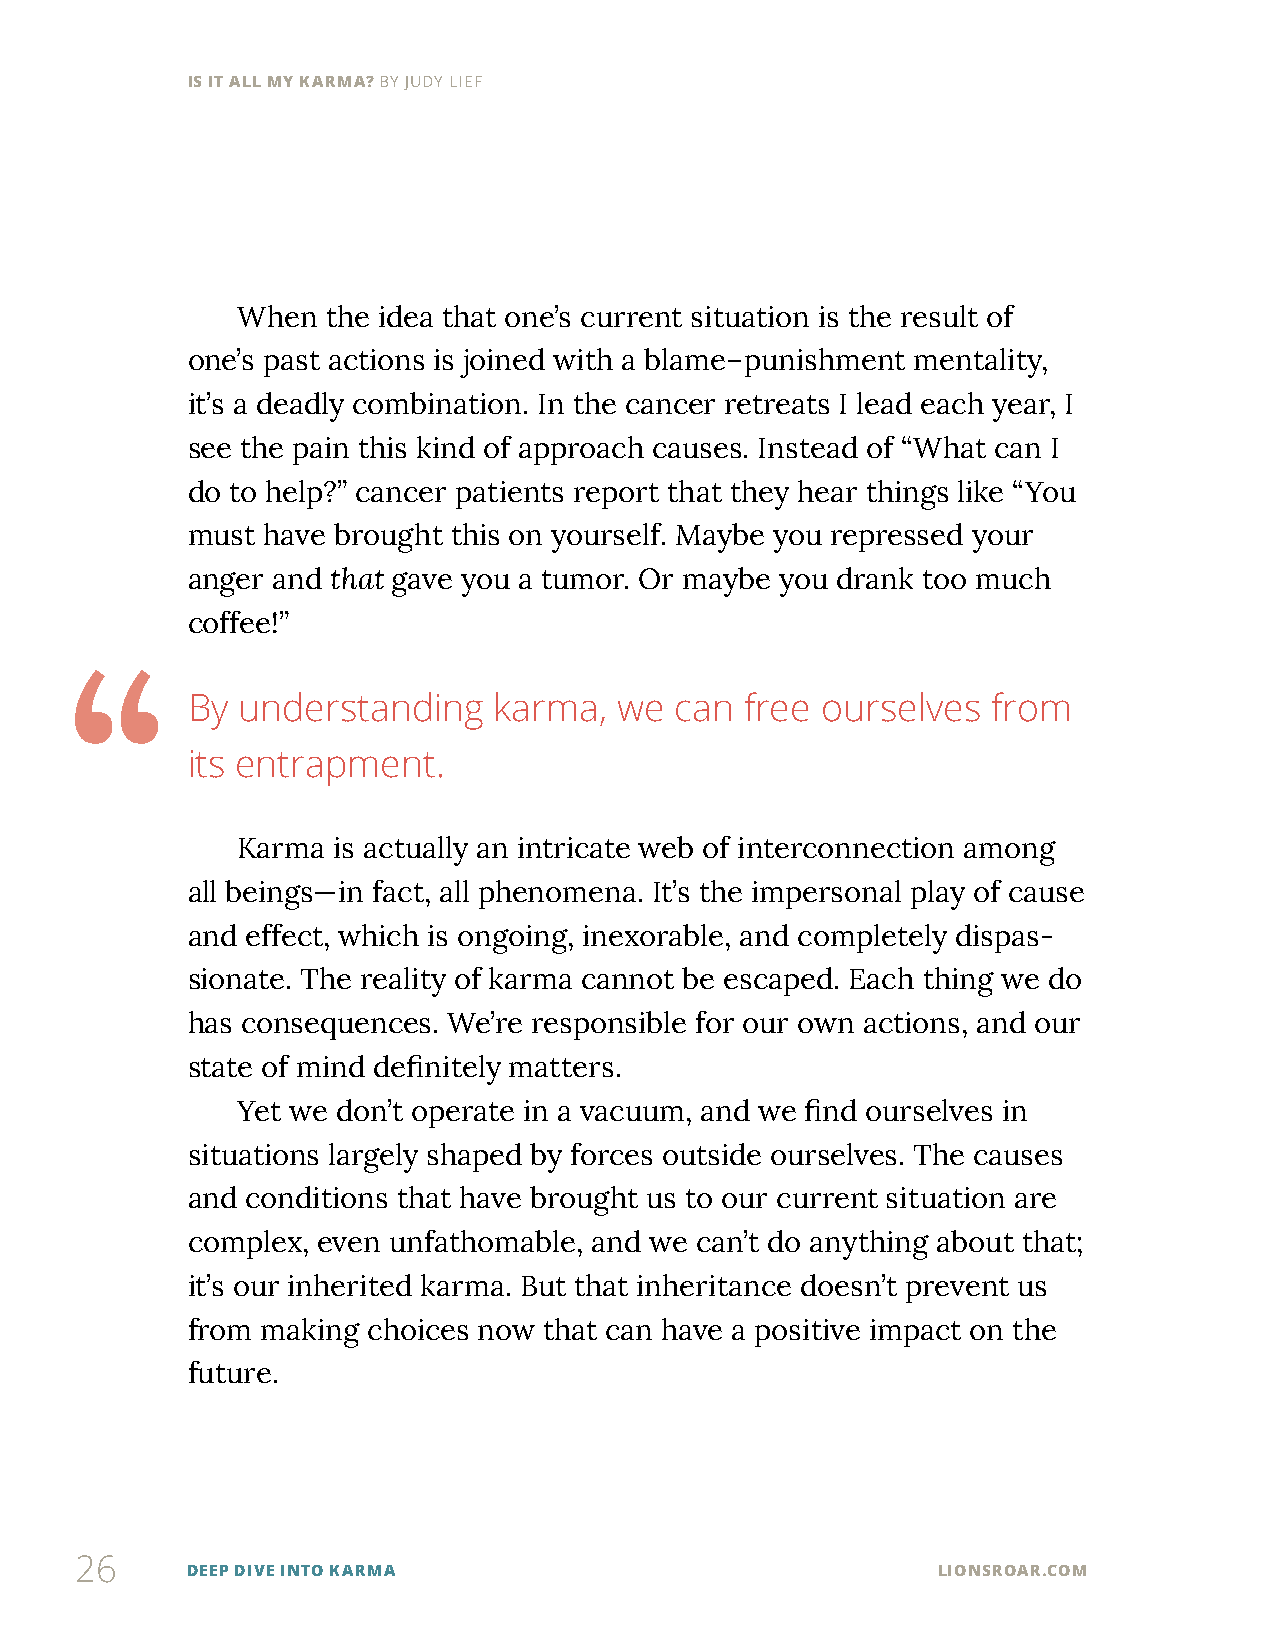
IS IT ALL MY KARMA? BY JUDY LIEF
 When  the idea that one’s current situation is the result of
 one’s past actions is joined with a blame–punishment mentality,
 it’s a deadly combination. In the cancer retreats I lead each year, I
 see the pain this kind of approach causes. Instead of “What can I
 do to help?” cancer patients report that they hear things like “You
 must have brought this on yourself. Maybe you repressed your
 anger and that gave you a tumor. Or maybe you drank too much
 coffee!”
 “
 By  understanding    karma,  we  can free ourselves   from
 its entrapment.
 Karma is actually an intricate web of interconnection among
 all beings—in fact, all phenomena. It’s the impersonal play of cause
 and effect, which is ongoing, inexorable, and completely dispas-
 sionate. The reality of karma cannot be escaped. Each thing we do
 has consequences. We’re responsible for our own actions, and our
 state of mind definitely matters.
 Yet we don’t operate in a vacuum, and we find ourselves in
 situations largely shaped by forces outside ourselves. The causes
 and conditions that have brought us to our current situation are
 complex, even unfathomable, and we can’t do anything about that;
 it’s our inherited karma. But that inheritance doesn’t prevent us
 from making choices now that can have a positive impact on the
 future.
 26
 DEEP DIVE INTO KARMA                              LIONSROAR.COM